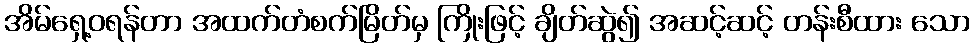
အိမ်ရှေ့ဝရန်တာ အထက်တံစက်မြိတ်မှ ကြိုးဖြင့် ချိတ်ဆွဲ၍ အဆင့်ဆင့် တန်းစီထား သော